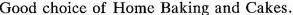
Good choice of Home Baking and Cakes.